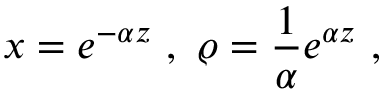
x = e ^ { - \alpha z } \ , \ \varrho = { \frac { 1 } { \alpha } } e ^ { \alpha z } \ ,